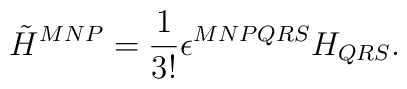
{\tilde H}^{MNP}=\frac{1}{3!}\epsilon^{MNPQRS}H_{QRS}.